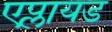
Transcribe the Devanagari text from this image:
एप्लायड